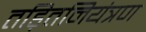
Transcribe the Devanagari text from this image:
तड़ितनियंत्रण